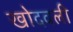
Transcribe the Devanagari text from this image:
खोदवली